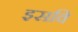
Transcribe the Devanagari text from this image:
इसवि